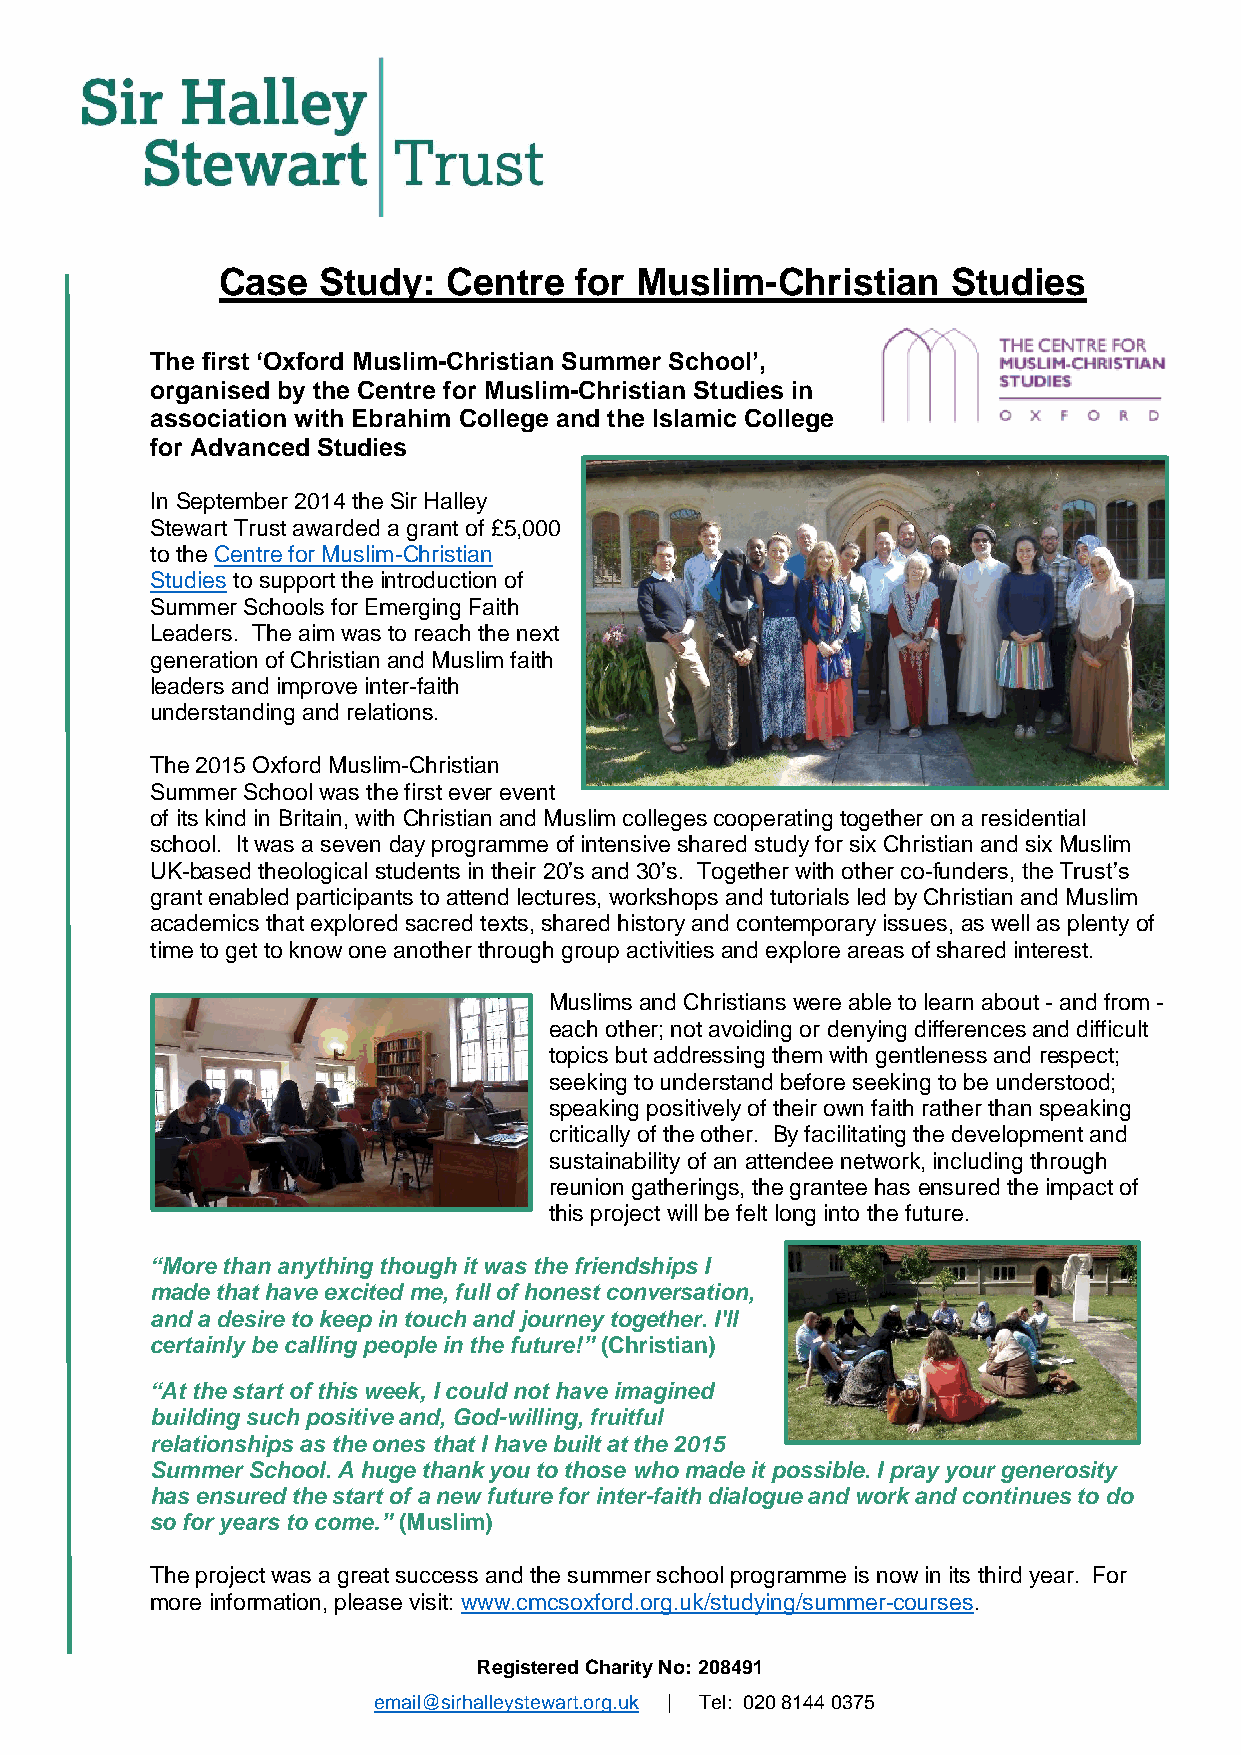
Case   Study:  Centre   for Muslim-Christian     Studies
 The first ‘Oxford Muslim-Christian Summer School’,
 organised by the Centre for Muslim-Christian Studies in
 association with Ebrahim College and the Islamic College
 for Advanced Studies
 In September 2014 the Sir Halley
 Stewart Trust awarded a grant of £5,000
 to the Centre for Muslim-Christian
 Studies to support the introduction of
 Summer Schools for Emerging Faith
 Leaders. The aim was to reach the next
 generation of Christian and Muslim faith
 leaders and improve inter-faith
 understanding and relations.
 The 2015 Oxford Muslim-Christian
 Summer School was the first ever event
 of its kind in Britain, with Christian and Muslim colleges cooperating together on a residential
 school. It was a seven day programme of intensive shared study for six Christian and six Muslim
 UK-based theological students in their 20’s and 30’s. Together with other co-funders, the Trust’s
 grant enabled participants to attend lectures, workshops and tutorials led by Christian and Muslim
 academics that explored sacred texts, shared history and contemporary issues, as well as plenty of
 time to get to know one another through group activities and explore areas of shared interest.
 Muslims and Christians were able to learn about - and from -
 each other; not avoiding or denying differences and difficult
 topics but addressing them with gentleness and respect;
 seeking to understand before seeking to be understood;
 speaking positively of their own faith rather than speaking
 critically of the other. By facilitating the development and
 sustainability of an attendee network, including through
 reunion gatherings, the grantee has ensured the impact of
 this project will be felt long into the future.
 “More than anything though it was the friendships I
 made that have excited me, full of honest conversation,
 and a desire to keep in touch and journey together. I'll
 certainly be calling people in the future!” (Christian)
 “At the start of this week, I could not have imagined
 building such positive and, God-willing, fruitful
 relationships as the ones that I have built at the 2015
 Summer School. A huge thank you to those who made it possible. I pray your generosity
 has ensured the start of a new future for inter-faith dialogue and work and continues to do
 so for years to come.” (Muslim)
 The project was a great success and the summer school programme is now in its third year. For
 more information, please visit: www.cmcsoxford.org.uk/studying/summer-courses.
 Registered Charity No: 208491
 email@sirhalleystewart.org.uk | Tel: 020 8144 0375